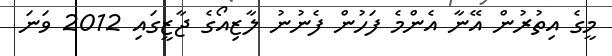
މީގެ އިތުރުން އޭނާ އެންމެ ފަހުން ފެނުނު ލާޒިއޯގެ ޖާޒީގައި 2012 ވަނަ